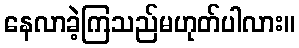
နေလာခဲ့ကြသည်မဟုတ်ပါလား။